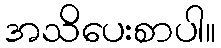
အသိပေးစာပါ။